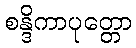
စန္ဒိကာပုတ္တော